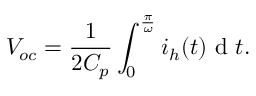
V _ { o c } = \frac { 1 } { 2 C _ { p } } \int _ { 0 } ^ { \frac { \pi } { \omega } } i _ { h } ( t ) \mathrm { ~ d ~ } t .